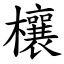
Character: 欀